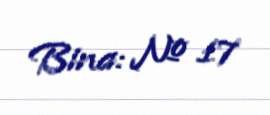
Bina: № 17